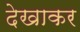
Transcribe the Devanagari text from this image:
देखाकर